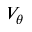
V _ { \theta }